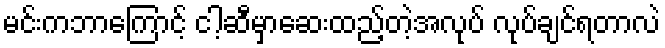
မင်းကဘာကြောင့် ငါ့ဆီမှာဆေးထည့်တဲ့အလုပ် လုပ်ချင်ရတာလဲ